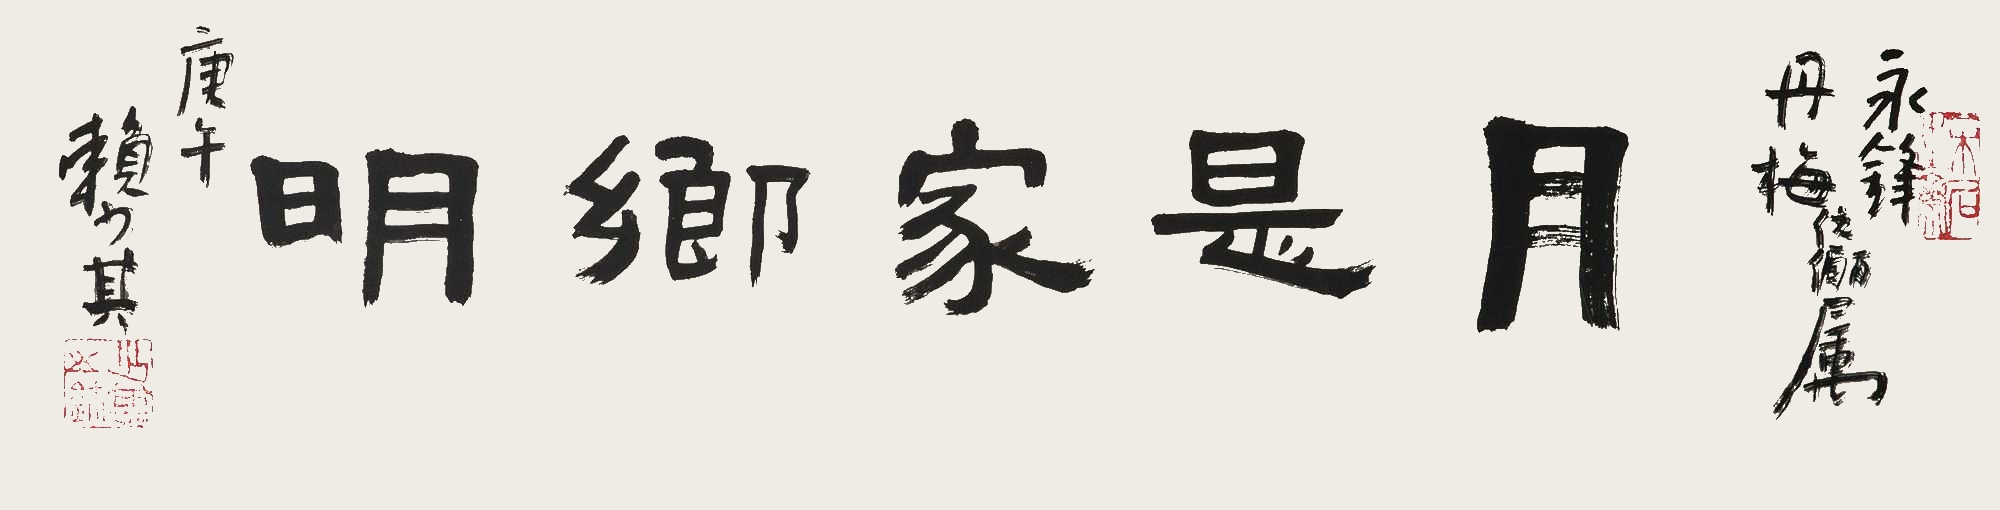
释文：月是家乡明永锋、丹梅伉俪雅属。庚午（1990年）赖少其。